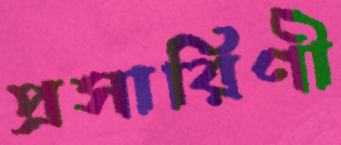
প্রসারিণী